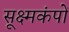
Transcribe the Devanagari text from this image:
सूक्ष्मकंपों